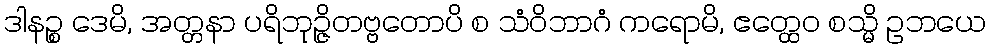
ဒါနဉ္စ ဒေမိ, အတ္တနာ ပရိဘုဉ္ဇိတဗ္ဗတောပိ စ သံဝိဘာဂံ ကရောမိ, ဧတ္ထေဝ စသ္မိ ဥဘယေ